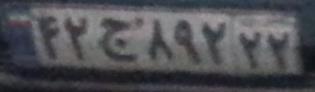
۴۲ج۸۹۲۲۲